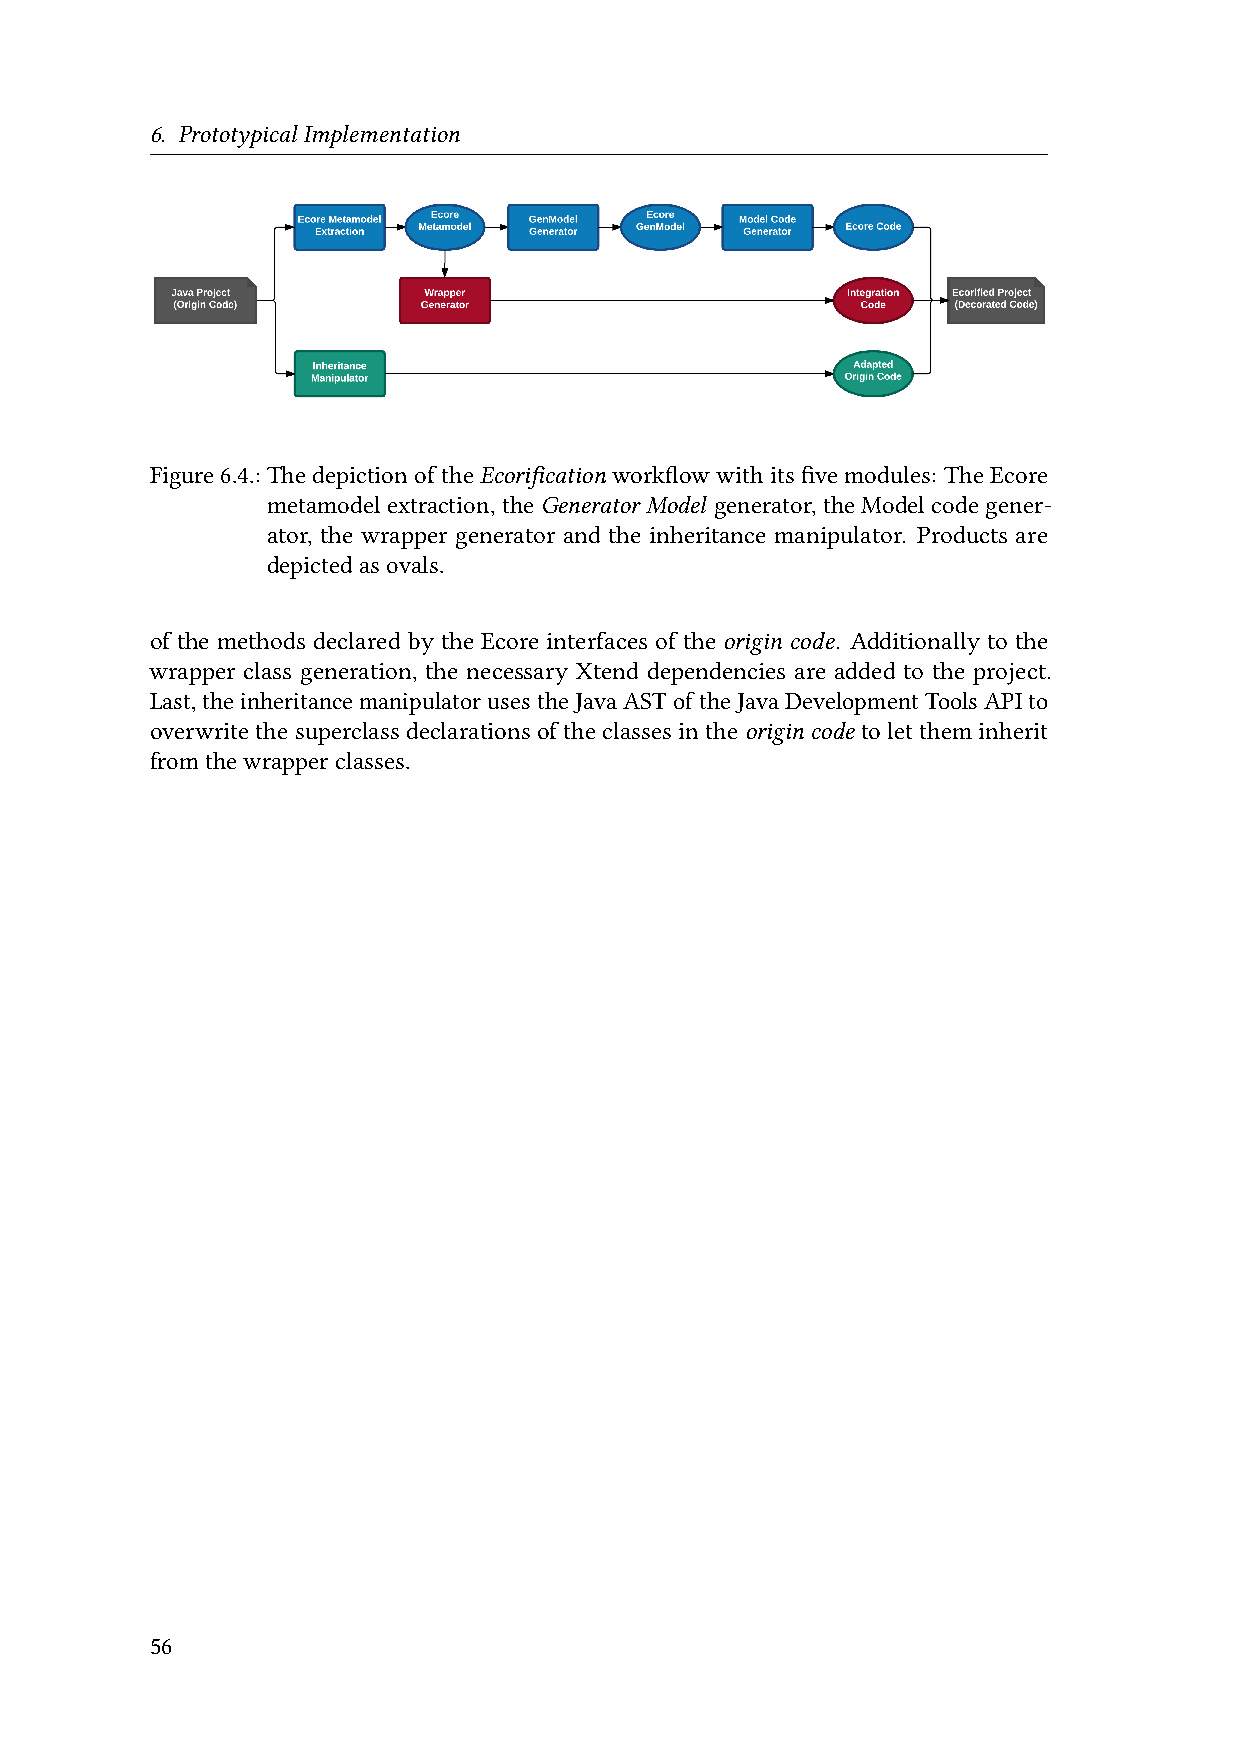
6. PrototypicalImplementation
 Figure6.4.:ThedepictionoftheEcorification workflowwithitsfivemodules: TheEcore
 metamodelextraction,theGeneratorModel generator,the Model codegener-
 ator, the wrapper generator and the inheritance manipulator. Products are
 depictedasovals.
 of the methods declared by the Ecore interfaces of the origin code. Additionally to the
 wrapper class generation, the necessary Xtend dependencies are added to the project.
 Last,theinheritancemanipulatorusestheJavaASToftheJavaDevelopmentToolsAPIto
 overwritethesuperclassdeclarationsoftheclassesintheorigincode tolettheminherit
 fromthewrapperclasses.
 56